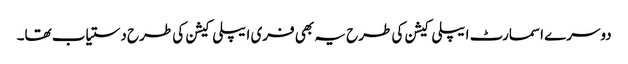
دوسرے اسمارٹ ایپلی کیشن کی طرح یہ بھی فری ایپلی کیشن کی طرح دستیاب تھا۔